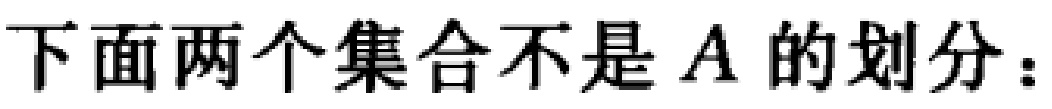
下面两个集合不是 \(A\) 的划分：